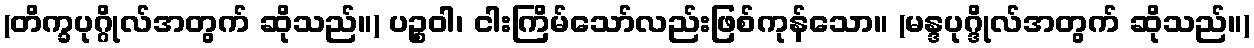
(တိက္ခပုဂ္ဂိုလ်အတွက် ဆိုသည်။) ပဉ္စဝါ၊ ငါးကြိမ်သော်လည်းဖြစ်ကုန်သော။ (မန္ဒပုဂ္ဒိုလ်အတွက် ဆိုသည်။)